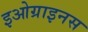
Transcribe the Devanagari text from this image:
इओग्राइनस